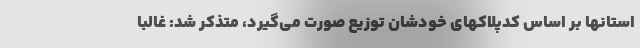
استانها بر اساس کدپلاکهای خودشان توزیع صورت می‌گیرد، متذکر شد: غالباً